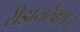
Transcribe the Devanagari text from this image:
रीडायरेक्शन